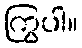
ကြွပါ။